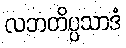
လဘတိပ္ပသာဒံ